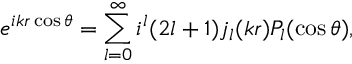
e ^ { i k r \cos \theta } = \sum _ { l = 0 } ^ { \infty } i ^ { l } ( 2 l + 1 ) j _ { l } ( k r ) P _ { l } ( \cos \theta ) ,